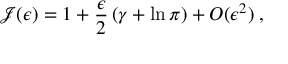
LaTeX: { \mathcal J } ( \epsilon ) = 1 + \frac { \epsilon } { 2 } \left( \gamma + \ln \pi \right) + O ( \epsilon ^ { 2 } ) \; ,